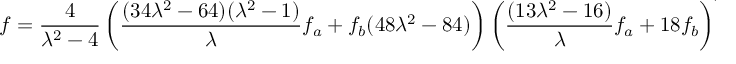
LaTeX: f = \frac { 4 } { \lambda ^ { 2 } - 4 } \left( \frac { ( 3 4 \lambda ^ { 2 } - 6 4 ) ( \lambda ^ { 2 } - 1 ) } { \lambda } f _ { a } + f _ { b } ( 4 8 \lambda ^ { 2 } - 8 4 ) \right) \left( \frac { ( 1 3 \lambda ^ { 2 } - 1 6 ) } { \lambda } f _ { a } + 1 8 f _ { b } \right) ^ { - 1 }